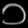
Digit: ၁